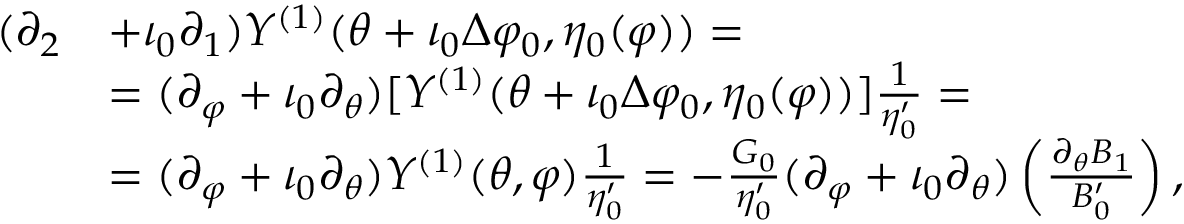
\begin{array} { r l } { ( \partial _ { 2 } } & { + \iota _ { 0 } \partial _ { 1 } ) Y ^ { ( 1 ) } ( \theta + \iota _ { 0 } \Delta \varphi _ { 0 } , \eta _ { 0 } ( \varphi ) ) = } \\ & { = ( \partial _ { \varphi } + \iota _ { 0 } \partial _ { \theta } ) [ Y ^ { ( 1 ) } ( \theta + \iota _ { 0 } \Delta \varphi _ { 0 } , \eta _ { 0 } ( \varphi ) ) ] \frac { 1 } { \eta _ { 0 } ^ { \prime } } = } \\ & { = ( \partial _ { \varphi } + \iota _ { 0 } \partial _ { \theta } ) Y ^ { ( 1 ) } ( \theta , \varphi ) \frac { 1 } { \eta _ { 0 } ^ { \prime } } = - \frac { G _ { 0 } } { \eta _ { 0 } ^ { \prime } } ( \partial _ { \varphi } + \iota _ { 0 } \partial _ { \theta } ) \left( \frac { \partial _ { \theta } B _ { 1 } } { B _ { 0 } ^ { \prime } } \right) , } \end{array}